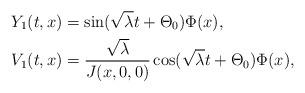
LaTeX: \begin{align*}Y_1(t,x)&=\sin(\sqrt{\lambda}t+\Theta_0)\Phi(x), \\V_1(t,x)&=\frac{\sqrt{\lambda}}{J(x,0,0)}\cos(\sqrt{\lambda}t+\Theta_0)\Phi(x),\end{align*}